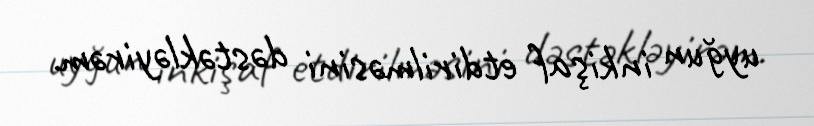
uyğun inkişaf etdirilməsini dəstəkləyirəm.